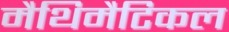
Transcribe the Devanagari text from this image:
मैथिमैटिकल